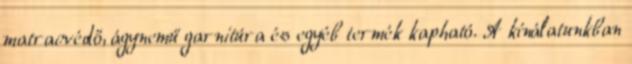
matracvédő, ágynemű garnitúra és egyéb termék kapható. A kínálatunkban